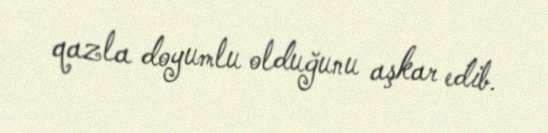
qazla doyumlu olduğunu aşkar edib.